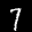
Label: 7